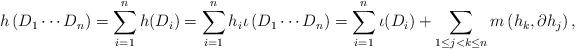
LaTeX: \begin{align*}h \left( D_1 \cdots D_n \right) = \sum_{i=1}^n h(D_i) = \sum_{i=1}^n h_i \iota \left( D_1 \cdots D_n \right) = \sum_{i=1}^n \iota(D_i) + \sum_{1 \leq j < k \leq n} m \left( h_k, \partial h_j \right),\end{align*}